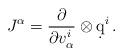
LaTeX: \begin{align*}J^\alpha=\displaystyle\frac {\displaystyle\partial}{\displaystyle\partial v^i_\alpha} \otimes \d q^i \,.\end{align*}